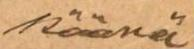
käänä